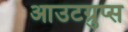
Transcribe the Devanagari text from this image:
आउटग्रुप्स